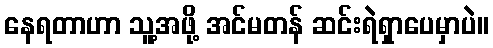
နေရတာဟာ သူ့အဖို့ အင်မတန် ဆင်းရဲရှာပေမှာပဲ။